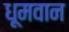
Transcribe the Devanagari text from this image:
धूमवान